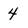
Character: 4